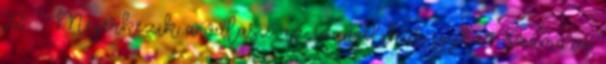
22. – Megérkezik a válasz az evangélikus egyház számára,